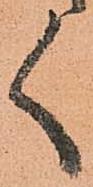
く